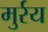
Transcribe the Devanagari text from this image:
मुर्रय